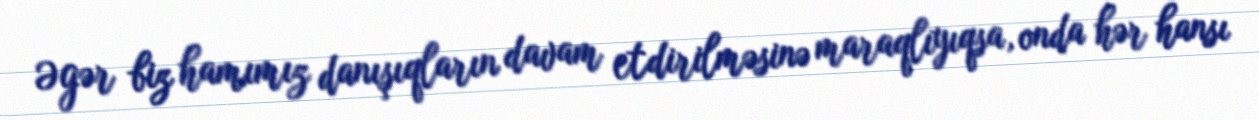
Əgər biz hamımız danışıqların davam etdirilməsinə maraqlıyıqsa, onda hər hansı